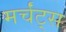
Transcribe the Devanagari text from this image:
मर्चंट्‌स